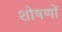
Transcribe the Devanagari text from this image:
शोषणों